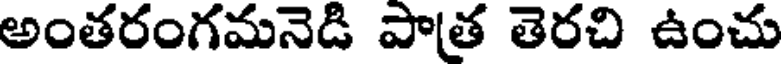
అంతరంగమనెడి పాత తెరచి ఉంచు